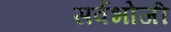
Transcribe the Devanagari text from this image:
सर्वभोजी